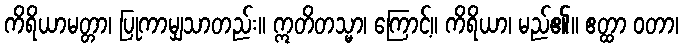
ကိရိယာမတ္တာ၊ ပြုကာမျှသာတည်း။ ဣတိတသ္မာ၊ ကြောင့်။ ကိရိယာ၊ မည်၏။ ဧတ္ထာ ဝတာ၊